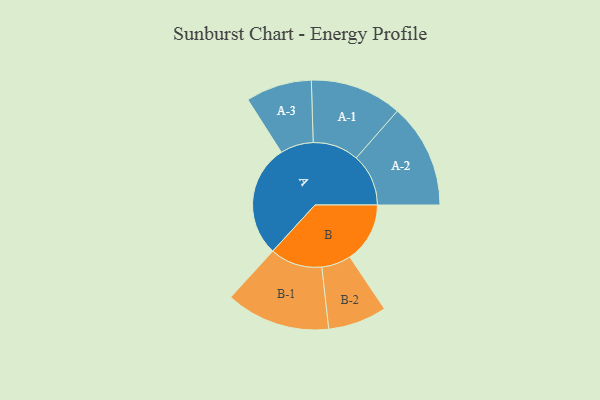
{"axis": {"x": "Segment", "y": "Value"}, "legend": ["", "A", "B"], "data": [{"x": "A", "y": 497, "type": ""}, {"x": "B", "y": 266, "type": ""}, {"x": "A-1", "y": 203, "type": "A"}, {"x": "A-2", "y": 231, "type": "A"}, {"x": "A-3", "y": 146, "type": "A"}, {"x": "B-1", "y": 231, "type": "B"}, {"x": "B-2", "y": 130, "type": "B"}]}